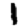
Digit: 1